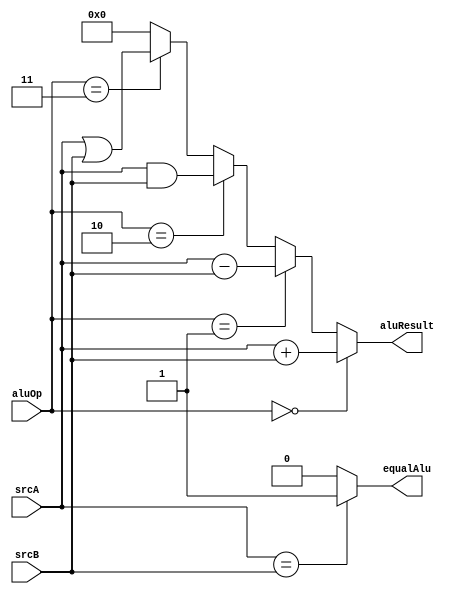
`timescale 1ns / 1ps
//////////////////////////////////////////////////////////////////////////////////
// Company: 
// Engineer: 
// 
// Design Name: 
// Module Name:    ALU 
// Project Name: 
// Target Devices: 
// Tool versions: 
// Description: 
//
// Dependencies: 
//
// Revision: 
// Revision 0.01 - File Created
// Additional Comments: 
//
//////////////////////////////////////////////////////////////////////////////////
module ALU(
    input [31:0] srcA,
    input [31:0] srcB,
    input [2:0] aluOp,
    output [31:0] aluResult,
    output equalAlu
    );
	
	assign aluResult = 	(aluOp==3'd0)?srcA+srcB:
								(aluOp==3'd1)?srcA-srcB:
								(aluOp==3'd2)?srcA&srcB:
								(aluOp==3'd3)?srcA|srcB:0;
	
	assign equalAlu = (srcA==srcB)?1:0;
	
endmodule